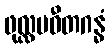
ဖုလ္လမဝီတဂန္ဓံ